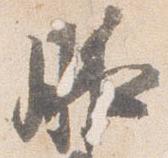
腋